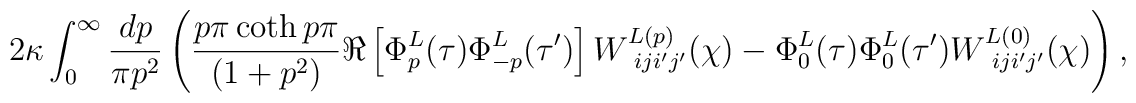
2\kappa \int_0^\infty \frac{dp}{\pi p^2}\left(\frac{p\pi \coth p\pi}{(1+p^2)}\Re \left[\Phi_{p}^{L}(\tau )\Phi_{-p}^{L}(\tau ')\right]W_{\ iji'j'}^{L(p)}(\chi)-\Phi_{0}^{L}(\tau)\Phi_{0}^{L}(\tau ')W_{\ iji'j'}^{L(0)}(\chi)\right),